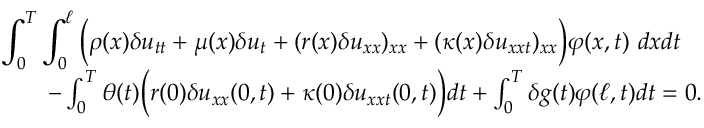
\begin{array} { r l r } { \lefteqn { \int _ { 0 } ^ { T } \int _ { 0 } ^ { \ell } \Big ( \rho ( x ) \delta u _ { t t } + \mu ( x ) \delta u _ { t } + ( r ( x ) \delta u _ { x x } ) _ { x x } + ( \kappa ( x ) \delta u _ { x x t } ) _ { x x } \Big ) \varphi ( x , t ) \ d x d t } } \\ & { } & { - \int _ { 0 } ^ { T } \theta ( t ) \Big ( r ( 0 ) \delta u _ { x x } ( 0 , t ) + \kappa ( 0 ) \delta u _ { x x t } ( 0 , t ) \Big ) d t + \int _ { 0 } ^ { T } \delta g ( t ) \varphi ( \ell , t ) d t = 0 . ~ ~ ~ ~ ~ ~ ~ } \end{array}